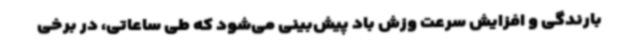
بارندگی و افزایش سرعت وزش باد پیش‌بینی می‌شود که طی ساعاتی، در برخی